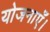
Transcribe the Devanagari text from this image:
योजनाएँ।